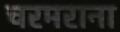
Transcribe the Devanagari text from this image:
चरमराना